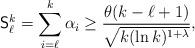
LaTeX: \begin{align*}\mathsf{S}_\ell^k=\sum_{i=\ell}^{k}\alpha_i \ge\frac{\theta(k-\ell+1)}{\sqrt{k(\ln k)^{1+\lambda}}},\end{align*}